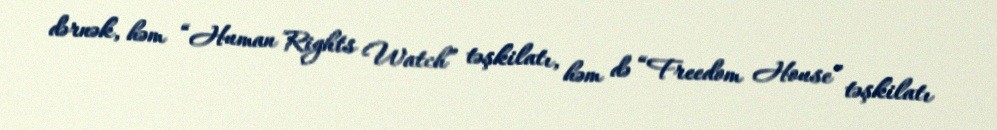
dərnək, həm “Human Rights Watch” təşkilatı, həm də “Freedom House” təşkilatı